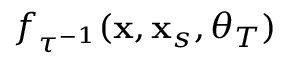
f _ { \tau ^ { - 1 } } ( \mathbf { x } , \mathbf { x } _ { s } , \boldsymbol { \theta } _ { T } )